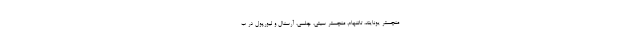
منچستر یونایتد، تاتنهام، منچستر سیتی، چلسی، آرسنال و لیورپول در ب